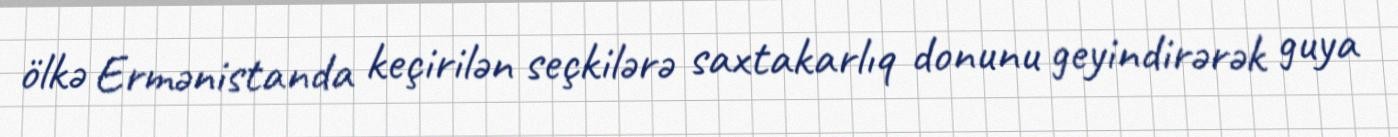
ölkə Ermənistanda keçirilən seçkilərə saxtakarlıq donunu geyindirərək guya